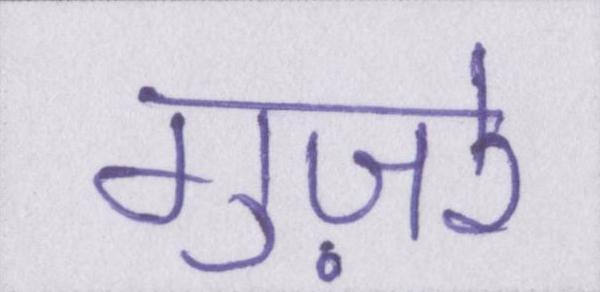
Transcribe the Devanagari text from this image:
गुज़रे